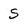
Character: S